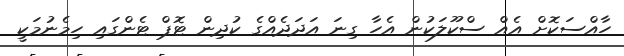
ހާއްސަކޮށް އެއް ސްކޫލަކުން އެހާ ގިނަ އަދަދެއްގެ ކުދިން ޓޮޕް ޓެންގައި ހިމެނުމަކީ